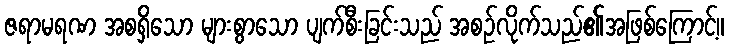
ဇရာမရဏ အစရှိသော များစွာသော ပျက်စီးခြင်းသည် အစဉ်လိုက်သည်၏အဖြစ်ကြောင့်။